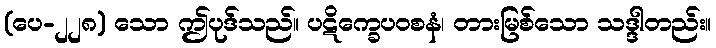
(ပေ-၂၂၈) သော ဤပုဒ်သည်။ ပဋိက္ခေပဝစနံ၊ တားမြစ်သော သဒ္ဒါတည်း။